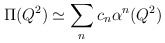
\begin{align*} \Pi(Q^{2}) \simeq \sum_{n} c_{n}\alpha^{n}(Q^{2})\end{align*}